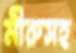
মীরুসহ